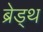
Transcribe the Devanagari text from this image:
ब्रेड्थ